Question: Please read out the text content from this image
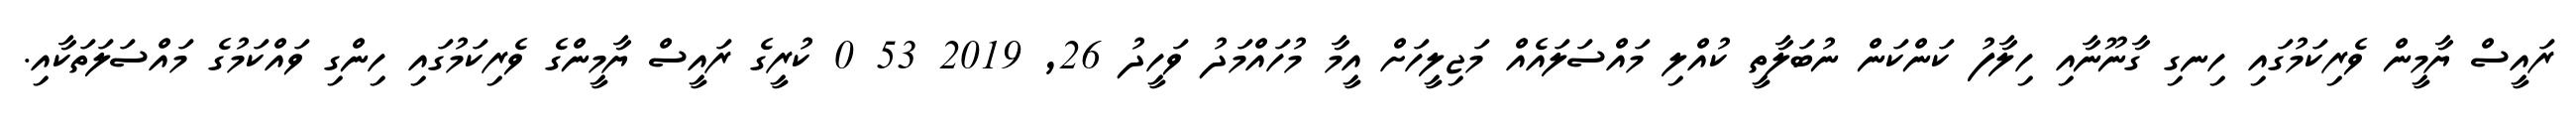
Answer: ރައީސް ޔާމީން ވެރިކަމުގައި ހިނގި ގާނޫނާއި ހިލާފު ކަންކަން ނުބަލާތީ ކުއްލި މައްސަލައެއް މަޖިލީހަށް އީމާ މުހައްމަދު ވަހީދު 26, 2019 53 0 ކުރީގެ ރައީސް ޔާމީންގެ ވެރިކަމުގައި ހިންގި ވައްކަމުގެ މައްސަލަތަކާއި.